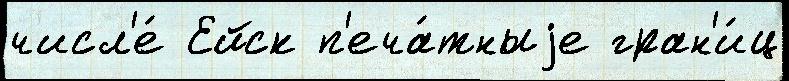
числ'е́ Ейск п'еча́тныjе гран'и́ц